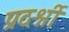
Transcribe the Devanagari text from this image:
प्रदर्श्नी